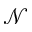
\mathcal { N }